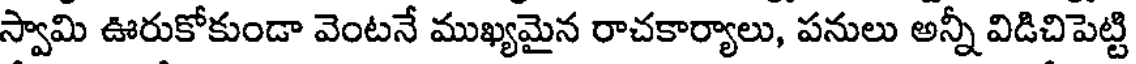
స్వామి ఊరుకోకుండా వెంటనే ముఖ్యమైన రాచకార్యాలు, పనులు అన్నీ విడిచిపెట్టి